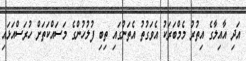
އަދި އާއިލާގެ އިތުރު މެމްބަރަކު އެވަގުތު އެތަނުގައި ތިބި ފުލުހުންގެ މަސައްކަތަށް ހުރަސްއަޅައި